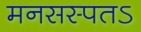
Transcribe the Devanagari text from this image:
मनसस्पतऽ